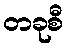
တခုစီ